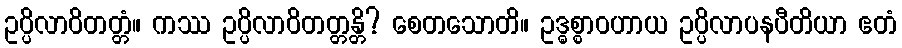
ဥပ္ပိလာဝိတတ္တံ။ ကဿ ဥပ္ပိလာဝိတတ္တန္တိ? စေတသောတိ။ ဥဒ္ဓစ္စာဝဟာယ ဥပ္ပိလာပနပီတိယာ ဧတံ